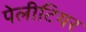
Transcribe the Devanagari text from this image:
पेलीटियर